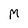
Character: M